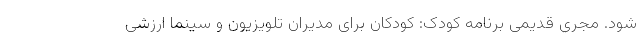
شود. مجری قدیمی برنامه کودک: کودکان برای مدیران تلویزیون و سینما ارزشی